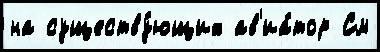
на существу́ющих ав'иа́тор См